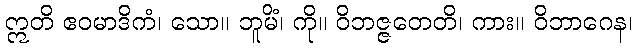
ဣတိ ဧဝမာဒိကံ၊ သော။ ဘူမိံ၊ ကို။ ဝိဘဇ္ဇတေတိ၊ ကား။ ဝိဘာဂေန၊